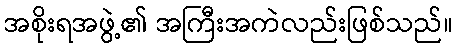
အစိုးရအဖွဲ့၏ အကြီးအကဲလည်းဖြစ်သည်။